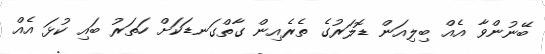
ބޭނުންވާ އެއް ބިލިއަން ޑޮލަރުގެ ތެރެއިން ގާތްގަނޑަކަށް ހަތަރު ބައި ކުޅަ އެއް